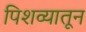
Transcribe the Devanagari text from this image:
पिशव्यातून